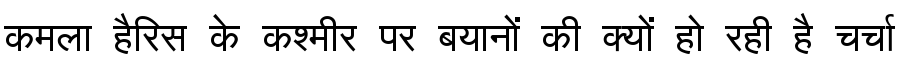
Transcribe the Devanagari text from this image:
कमला हैरिस के कश्मीर पर बयानों की क्यों हो रही है चर्चा